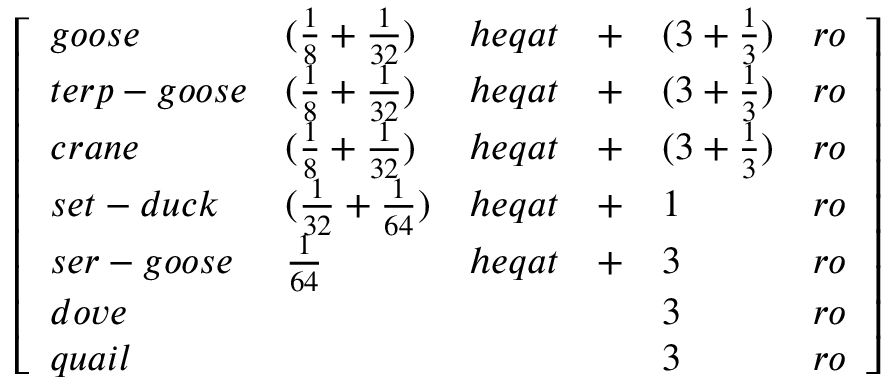
{ \left[ \begin{array} { l l l l l l } { g o o s e } & { ( { \frac { 1 } { 8 } } + { \frac { 1 } { 3 2 } } ) } & { h e q a t } & { + } & { ( 3 + { \frac { 1 } { 3 } } ) } & { r o } \\ { t e r p - g o o s e } & { ( { \frac { 1 } { 8 } } + { \frac { 1 } { 3 2 } } ) } & { h e q a t } & { + } & { ( 3 + { \frac { 1 } { 3 } } ) } & { r o } \\ { c r a n e } & { ( { \frac { 1 } { 8 } } + { \frac { 1 } { 3 2 } } ) } & { h e q a t } & { + } & { ( 3 + { \frac { 1 } { 3 } } ) } & { r o } \\ { s e t - d u c k } & { ( { \frac { 1 } { 3 2 } } + { \frac { 1 } { 6 4 } } ) } & { h e q a t } & { + } & { 1 } & { r o } \\ { s e r - g o o s e } & { { \frac { 1 } { 6 4 } } } & { h e q a t } & { + } & { 3 } & { r o } \\ { d o v e } & & & & { 3 } & { r o } \\ { q u a i l } & & & & { 3 } & { r o } \end{array} \right] }